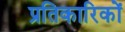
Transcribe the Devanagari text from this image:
प्रतिकारिकों